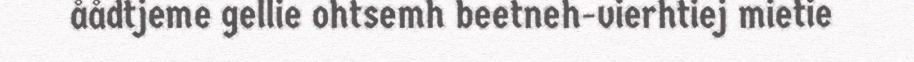
åådtjeme gellie ohtsemh beetneh-vierhtiej mietie